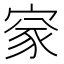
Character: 𡩙